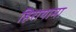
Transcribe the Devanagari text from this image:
हिरायामा